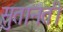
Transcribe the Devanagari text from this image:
सुतानती